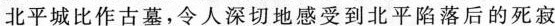
北平城比作古墓，令人深切地感受到北平陷落后的死寂